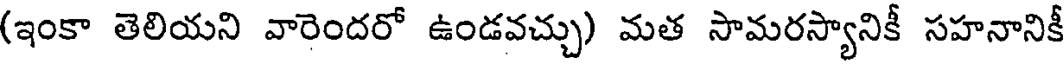
(ఇంకా తెలియని వారెందరో ఉండవచ్చు) మత సామరస్యానికీ సహనానికీ